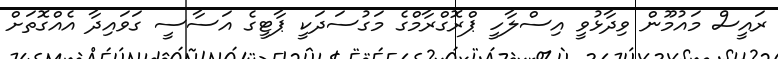
ރައީސް މައުމޫން ވިދާޅުވީ އިސްލާހީ ޕްރޮގްރާމްގެ މަގުސަދަކީ ޕާޓީގެ އަސާސީ ގަވައިދާ އެއްގޮތަށް